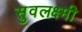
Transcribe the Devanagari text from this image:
सुवलक्ष्मी